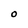
Character: O